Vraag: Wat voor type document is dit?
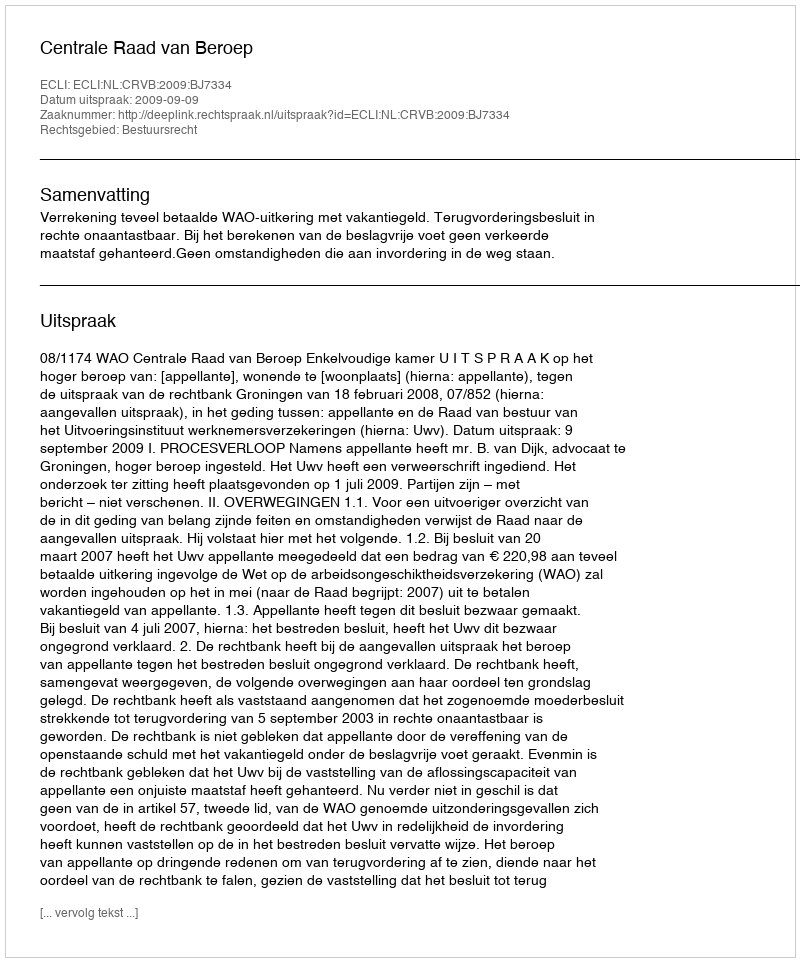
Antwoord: Uitspraak